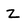
Character: Z